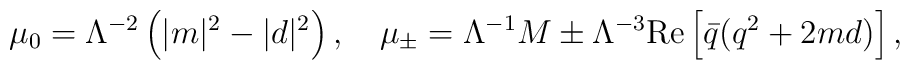
\mu_0=\Lambda^{-2}\left(|m|^2-|d|^2\right),\quad\mu_{\pm} = \Lambda^{-1}M \pm \Lambda^{-3}{\rm Re}\left[{\bar q}(q^2+2md)\right],